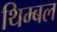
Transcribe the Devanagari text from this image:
थिम्बल